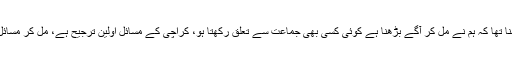
سعید غنی کا کہنا تھا کہ ہم نے مل کر آگے بڑھنا ہے کوئی کسی بھی جماعت سے تعلق رکھتا ہو، کراچی کے مسائل اولین ترجیح ہے، مل کر مسائل حل کریں گے۔